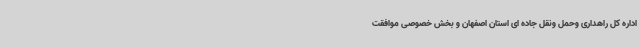
اداره کل راهداری وحمل ونقل جاده ای استان اصفهان و بخش خصوصی موافقت